Scottish Certificate of Education, 1962
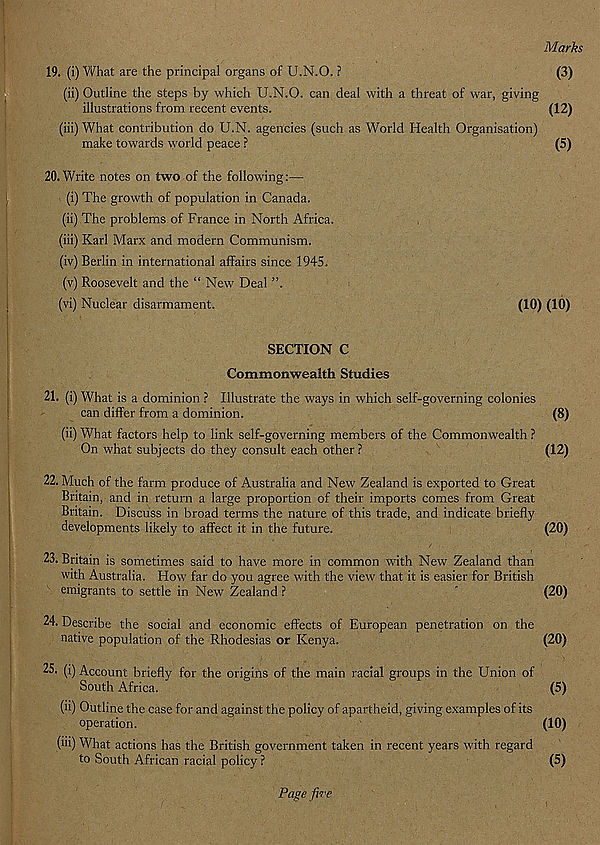
Marks
(3)
19. (i) What are the principal organs of U.N.O. ?
(ii) Outline the steps by which U.N.O. can deal with a threat of war, giving
illustrations from recent events.
(12)
(iii) What contribution do U.N. agencies (such as World Health Organisation)
make towards world peace ?
(5)
20. Write notes on two of the following:—
(i) The growth of population in Canada.
(ii) The problems of France in North Africa.
(iii) Karl Marx and modern Communism.
(iv) Berlin in international affairs since 1945.
(v) Roosevelt and the “ New Deal
(vi) Nuclear disarmament.
(10) (10)
SECTION C
Commonwealth Studies
21. (i) What is a dominion ? Illustrate the ways in which self-governing colonies
can differ from a dominion.
(8)
(ii) What factors help to link self-governing members of the Commonwealth ?
On what subjects do they consult each other ?
(12)
22. Much of the farm produce of Australia and New Zealand is exported to Great
Britain, and in return a large proportion of their imports comes from Great
Britain. Discuss in broad terms the nature of this trade, and indicate briefly
developments likely to affect it in the future.
(20)
23. Britain is sometimes said to have more in common with New Zealand than
with Australia. How far do you agree with the view that it is easier for British
emigrants to settle in New Zealand ?
'
(20)
24. Describe the social and economic effects of European penetration on the
native population of the Rhodesias or Kenya.
(20)
25. (i) Account briefly for the origins of the main racial groups in the Union of
South Africa.
(5)
(ii) Outline the case for and against the policy of apartheid, giving examples of its
operation.
(10)
(iii) What actions has the British government taken in recent years with regard
to South African racial policy ?
(5)
Page five